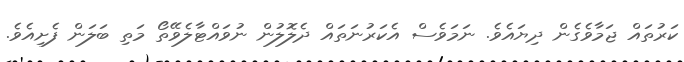
ކަރުތައް ޖަމާވެގެން ދިޔައެވެ. ނަމަވެސް އެކަރުނަތައް ދެލޮލުން ނުވައްޓާލެވޭތޯ މަތި ބަލަން ފެށިއެވެ.